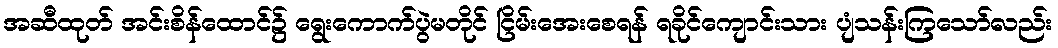
အဆီထုတ် အင်းစိန်ထောင်၌ ရွေးကောက်ပွဲမတိုင် ငြိမ်းအေးစေရန် ရခိုင်ကျောင်းသား ပျံသန်းကြသော်လည်း